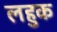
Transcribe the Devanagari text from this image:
लहुक